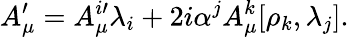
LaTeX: A_{\mu}^{\prime}=A_{\mu}^{i\prime}\lambda_{i}+2i\alpha^{j}A_{\mu}^{k}[\rho_{k},\lambda_{j}].